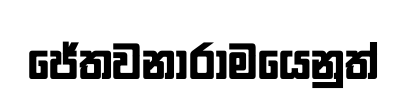
ජේතවනාරාමයෙනුත්